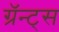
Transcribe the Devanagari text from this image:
ग्रॅन्ट्‍स